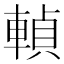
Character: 䡠